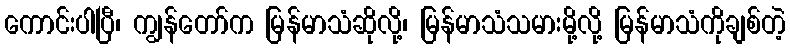
ကောင်းပါပြီ၊ ကျွန်တော်က မြန်မာသံဆိုလို့၊ မြန်မာသံသမားမို့လို့ မြန်မာသံကိုချစ်တဲ့